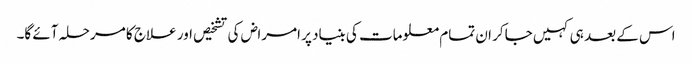
اس کے بعد ہی کہیں جاکر ان تمام معلومات کی بنیاد پر امراض کی تشخیص اور علاج کا مرحلہ آئے گا۔